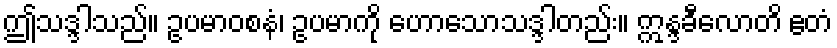
ဤသဒ္ဒါသည်။ ဥပမာဝစနံ၊ ဥပမာကို ဟောသောသဒ္ဒါတည်း။ ဣန္ဒခီလောတိ ဧတံ